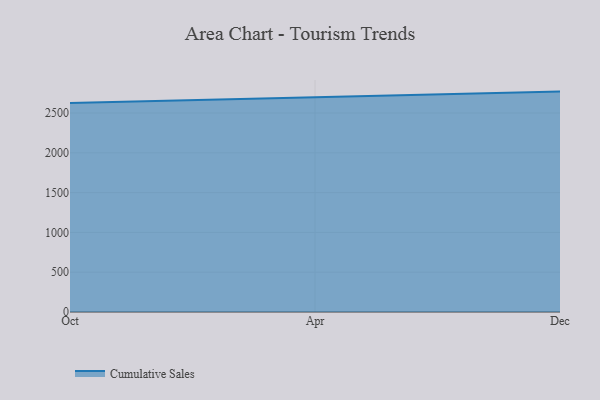
{"axis": {"x": "Month", "y": "Population (Million)"}, "legend": ["Cumulative Sales"], "data": [{"x": "Oct", "y": 2625.3, "type": "Cumulative Sales"}, {"x": "Apr", "y": 2701.3, "type": "Cumulative Sales"}, {"x": "Dec", "y": 2769.1, "type": "Cumulative Sales"}]}